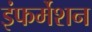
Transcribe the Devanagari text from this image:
इंफर्मेशन